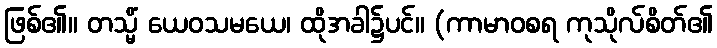
ဖြစ်၏။ တသ္မိံ ယေဝသမယေ၊ ထိုအခါ၌ပင်။ (ကာမာဝစရ ကုသိုလ်စိတ်၏